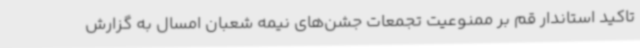
تاکید استاندار قم بر ممنوعیت تجمعات جشن‌های نیمه شعبان امسال به گزارش